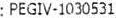
: PEGIV-1030531